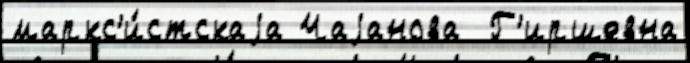
маркс'и́стскаjа Чаjанова  Г'иршевна